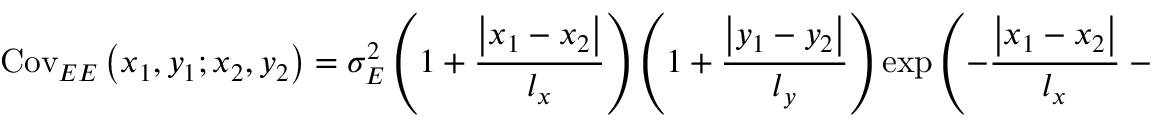
\mathrm { C o v } _ { E E } \left( x _ { 1 } , y _ { 1 } ; x _ { 2 } , y _ { 2 } \right) = \sigma _ { E } ^ { 2 } \left( { 1 + \frac { { \left| x _ { 1 } - x _ { 2 } \right| } } { l _ { x } } } \right) \left( { 1 + \frac { { \left| y _ { 1 } - y _ { 2 } \right| } } { l _ { y } } } \right) \exp \left( { - \frac { { \left| x _ { 1 } - x _ { 2 } \right| } } { l _ { x } } - \frac { { \left| y _ { 1 } - y _ { 2 } \right| } } { l _ { y } } } \right) ,